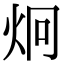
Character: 炯